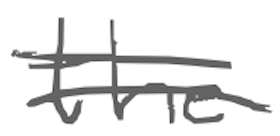
Text: the
Cross-out: double-line
Writing tool: digital_gray